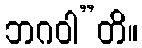
ဘဂဝါ”တိ။